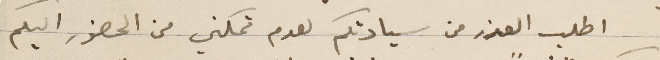
اطلب العذر من سيادتكم لعدم تمكني من الحضور اليكم